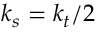
k _ { s } = k _ { t } / 2